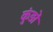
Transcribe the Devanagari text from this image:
कुंड़ों